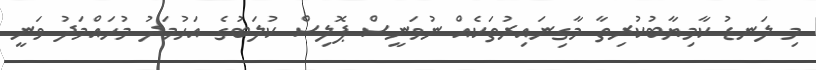
މި ލަނޑު ކާމިޔާބުކުރިތާ މާގިނައިރުތަކެއް ނުވަނީސް ޕޮލިސް ކުލަބުގެ އަހުމަދު މުހައްމަދު ވަނީ